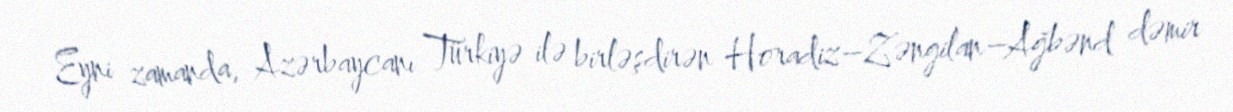
Eyni zamanda, Azərbaycanı Türkiyə ilə birləşdirən Horadiz–Zəngilan–Ağbənd dəmir